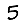
Digit: 5